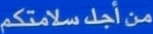
منْ أُجِلَ س